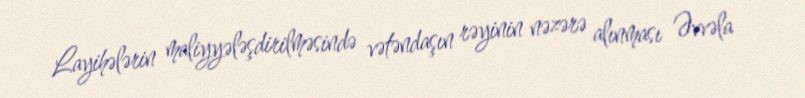
Layihələrin maliyyələşdirilməsində vətəndaşın rəyinin nəzərə alınması Əvvəla